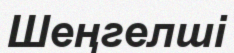
Шеңгелші